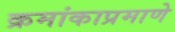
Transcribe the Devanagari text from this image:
क्रमांकाप्रमाणे